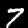
Label: 7